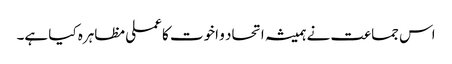
اس جماعت نے ہمیشہ اتحاد و اخوت کا عملی مظاہرہ کیا ہے۔